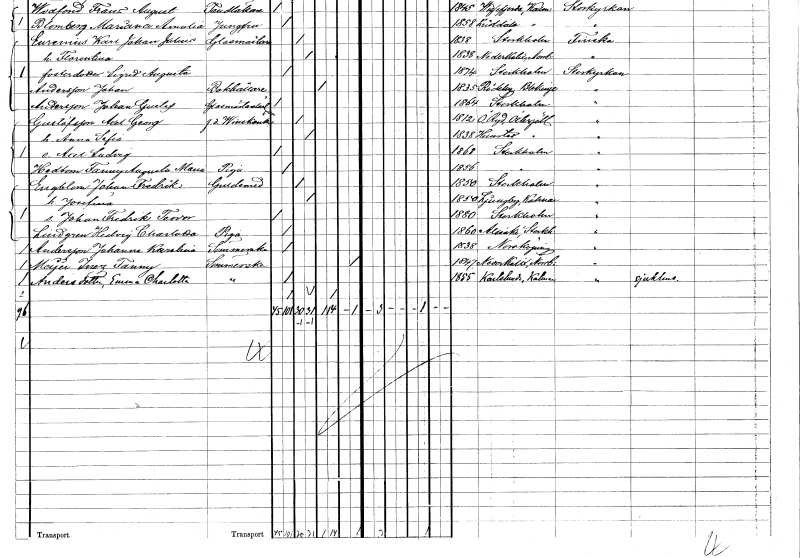
gt_parse: households: individuals: FN: Axel Georg
EN: Gustafsson
YRKE: Vinskänk f.d.
KON: M
CIV: G
FODAR: 1812
FODFORS: Östra Ryd Östergötlands län
FN: Anna Sofia
KON: K
CIV: G
FODAR: 1838
FODFORS: Herrestad Östergötlands län
FN: Axel Ludvig
KON: M
CIV: O
FODAR: 1868
FODFORS: Stockholm
FN: Fanny Augusta Maria
EN: Hedbom
YRKE: Piga
KON: K
CIV: O
FODAR: 1856
FODFORS: Stockholm
FN: Johan Fredrik
EN: Engblom
YRKE: Guldsmed
KON: M
CIV: G
FODAR: 1850
FODFORS: Stockholm
FN: Josefina
KON: K
CIV: G
FODAR: 1850
FODFORS: Ljungby Kalmar län
FN: Johan Fredrik Teodor
KON: M
CIV: O
FODAR: 1880
FODFORS: Stockholm
FN: Hedvig Charlotta
EN: Lindgren
YRKE: Piga
KON: K
CIV: O
FODAR: 1860
FODFORS: Alsike Uppsala län
FN: Johanna Karolina
EN: Andersson
YRKE: Sömmerska
KON: K
CIV: O
FODAR: 1838
FODFORS: Norrköping Östergötlands län
FN: Inez Fanny
EN: Meijer
YRKE: Sömmerska
KON: K
CIV: X
FODAR: 1847
FODFORS: Nederkalix Norrbottens län
FN: Emma Charlotta
EN: Andersdotter
YRKE: Sömmerska
KON: K
CIV: O
FODAR: 1855
FODFORS: Karlslunda Kalmar län